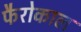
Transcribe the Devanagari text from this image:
फैरोकाल